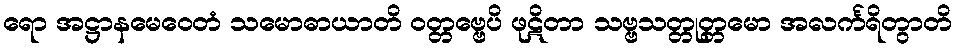
ရော အဋ္ဌာနမေဝေတံ သမောဓာယာတိ ဝတ္တဗ္ဗေပိ ဖုဋိတာ သဗ္ဗသတ္တုတ္တမော အလင်္ကရိတွာတိ